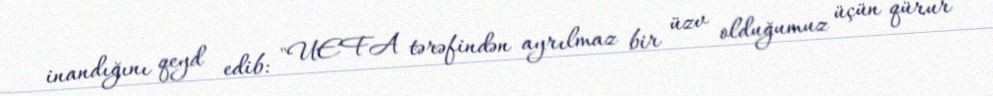
inandığını qeyd edib: "UEFA tərəfindən ayrılmaz bir üzv olduğumuz üçün qürur